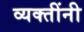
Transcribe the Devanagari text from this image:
व्‍यक्‍तींनी